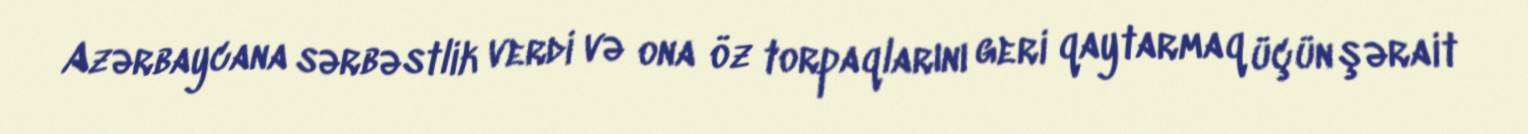
Azərbaycana sərbəstlik verdi və ona öz torpaqlarını geri qaytarmaq üçün şərait